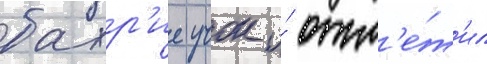
бахр'ие учок и́ отм'е́т'ил